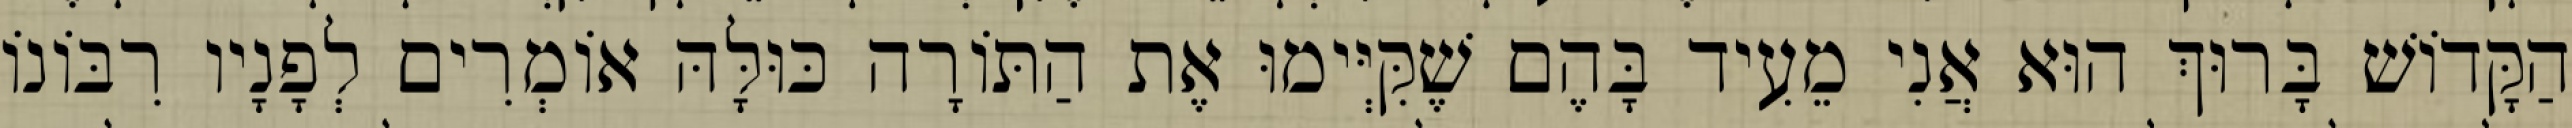
הַקָּדוֹשׁ בָּרוּךְ הוּא אֲנִי מֵעִיד בָּהֶם שֶׁקִּיְּימוּ אֶת הַתּוֹרָה כּוּלָּהּ אוֹמְרִים לְפָנָיו רִבּוֹנוֹ